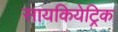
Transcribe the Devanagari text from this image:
सायकियेट्रिक